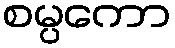
စမ္ပကော